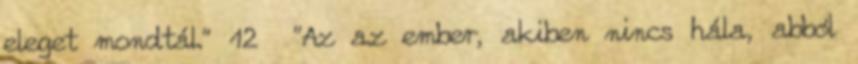
eleget mondtál." 12 "Az az ember, akiben nincs hála, abból